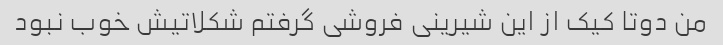
من دوتا کیک از این شیرینی فروشی گرفتم شکلاتیش خوب نبود